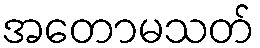
အတောမသတ်